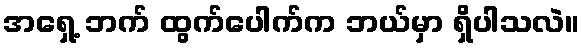
အရှေ့ ဘက် ထွက်ပေါက်က ဘယ်မှာ ရှိပါသလဲ။